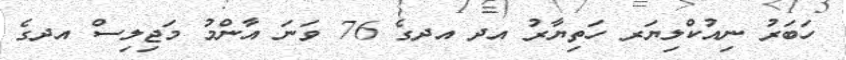
ހަބަރު ނިއުކްލިޔަރ ހަތިޔާރު އދ އދގެ 76 ވަނަ އާންމު މަޖިލިސް އދގެ